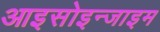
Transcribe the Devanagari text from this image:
आइसोइन्जाइम